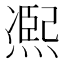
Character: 𠘑